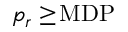
p _ { r } \ge \! \mathrm { M D P }